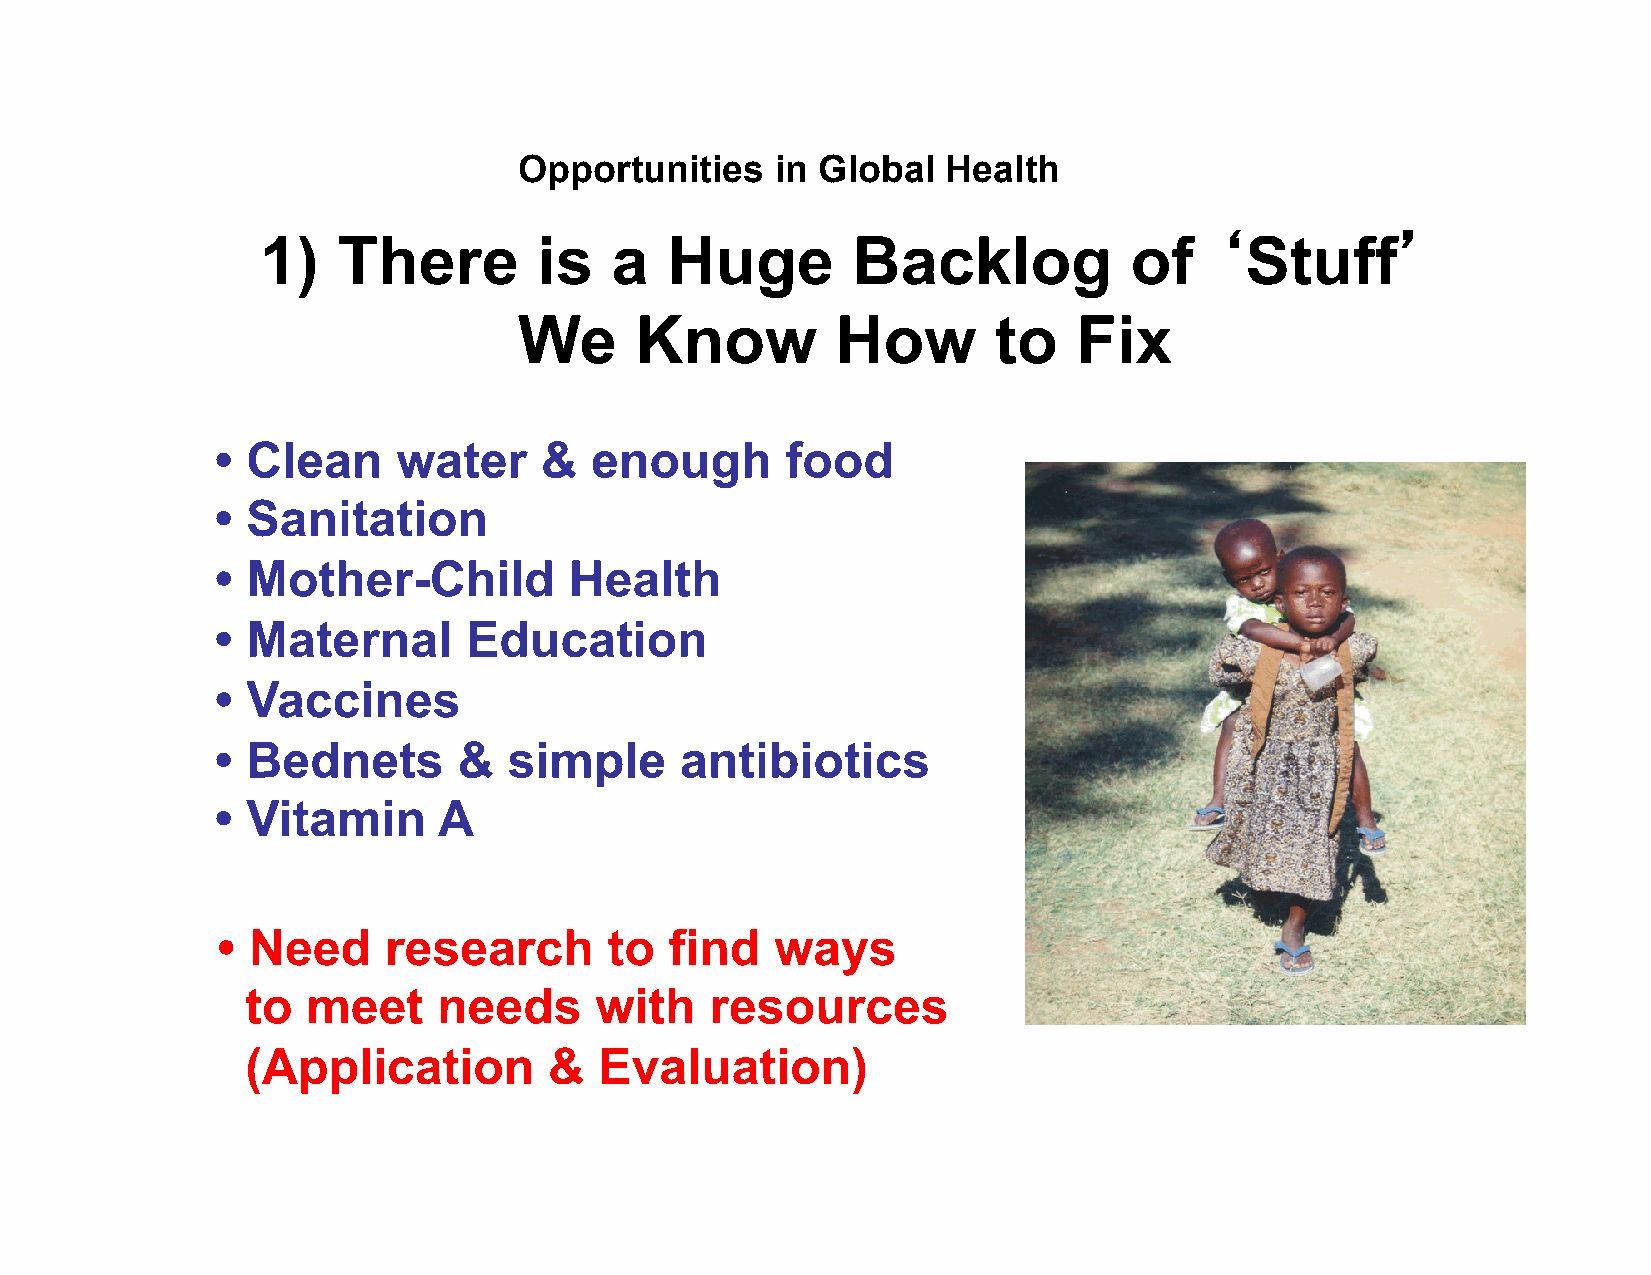
Opportunities    in Global   Health
 1)   There         is  a   Huge        Backlog            of   ‘Stuff’
 We      Know         How        to   Fix
 • Clean     water     &  enough       food
 • Sanitation
 • Mother-Child          Health
 • Maternal       Education
 • Vaccines
 • Bednets       &   simple     antibiotics
 • Vitamin      A
 • Need     research       to  find   ways
 to  meet     needs     with    resources
 (Application        &   Evaluation)